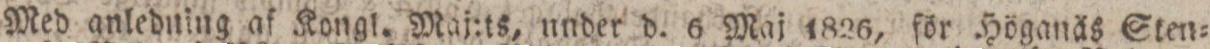
Med anledning af Kongl. Maj:ts, under d. 6 Maj 1826, för Höganäs Sten=